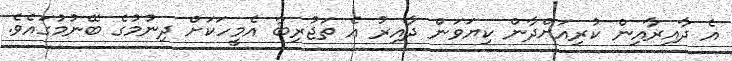
އެ ދާއިރާއިން ކުރިއަށްދާން ކިޔަވަން ދާއިރު އެ ތަޖުރިބާ އެމީހަކަށް ދިނުމުގެ ބޭނުމުގައެވެ.